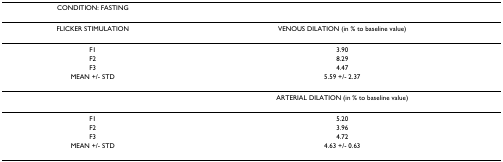
| CONDITION: FASTING |  |
 | --- | --- |
 | FLICKER STIMULATION | VENOUS DILATION (in % to baseline value) |
 | F1 | 3.90 |
 | F2 | 8.29 |
 | F3 | 4.47 |
 | MEAN +/- STD | 5.59 +/- 2.37 |
 |  | ARTERIAL DILATION (in % to baseline value) |
 | F1 | 5.20 |
 | F2 | 3.96 |
 | F3 | 4.72 |
 | MEAN +/- STD | 4.63 +/- 0.63 |